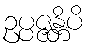
ဥပ္ပဇ္ဇန္တိပိ